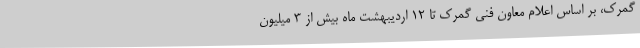
گمرک، بر اساس اعلام معاون فنی گمرک تا ۱۲ اردیبهشت ماه بیش از ۳ میلیون